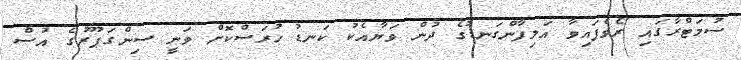
ސުމަޓްރާގައި ރޯވެފައިވާ އަލިފާންގަނޑުގެ ދުން ވަޔާއެކު ކަނޑު ހުރަސްކޮށް ވަނީ ސިންގަޕޫރުގެ އުސް